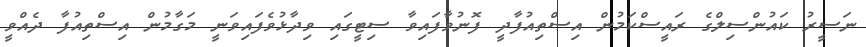
ނަސީރު ކައުންސިލްގެ ރައީސްކަމުން އިސްތިއުފާދީ ފޮނުވާފައިވާ ސިޓީގައި ވިދާޅުވެފައިވަނީ މަގާމުން އިސްތިއުފާ ދެއްވީ